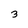
Character: 3